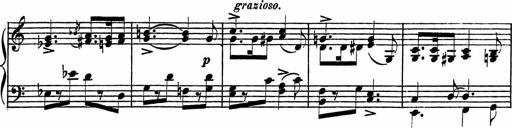
Title: Piano Sonatinas
Composer: Charles Fradel